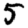
Digit: 5